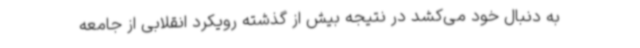
به دنبال خود می‌کشد در نتیجه بیش از گذشته رویکرد انقلابی از جامعه